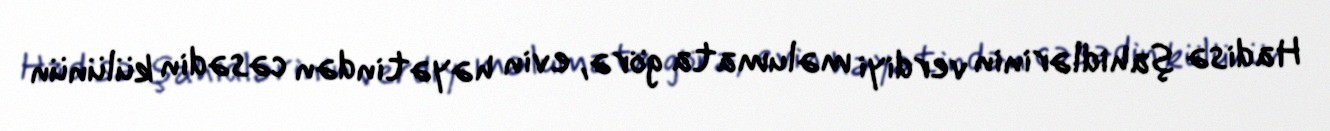
Hadisə şahidlərinin verdiyi məlumata görə, evin həyətindən cəsədin külünün